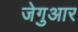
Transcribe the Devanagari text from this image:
जेगुआर